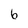
Character: 6